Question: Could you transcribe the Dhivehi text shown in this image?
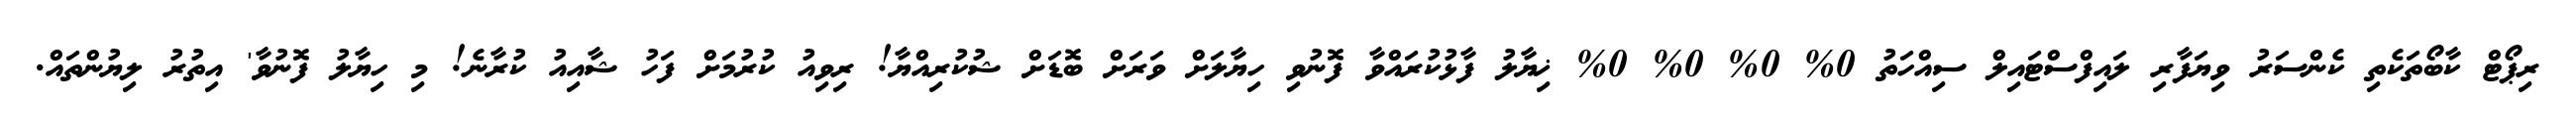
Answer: ރިޕޯޓް ކާބޯތަކެތި ކެންސަރު ވިޔަފާރި ލައިފްސްޓައިލް ސިއްހަތު 0% 0% 0% 0% ޚިޔާލު ފާޅުކުރައްވާ ފޮނުވި ހިޔާލަށް ވަރަށް ބޮޑަށް ޝުކުރިއްޔާ! ރިވިއު ކުރުމަށް ފަހު ޝާއިއު ކުރާނެ! މި ހިޔާލު ފޮނުވާ' އިތުރު ލިޔުންތައް.